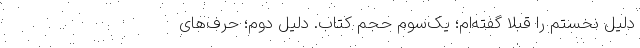
دلیل نخستم را قبلاً گفته‌ام؛ یک‌سومِ حجمِ کتاب. دلیلِ دوم؛ حرف‌های